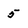
Character: 5